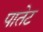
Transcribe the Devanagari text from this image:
पातेट